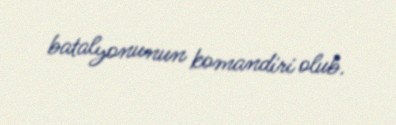
batalyonunun komandiri olub.